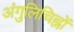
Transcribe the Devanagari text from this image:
अंगुलिचिह्नों